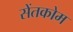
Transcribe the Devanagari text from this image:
सेंतकोम